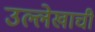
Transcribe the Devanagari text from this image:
उल्लेखाची